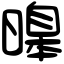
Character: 𣊊